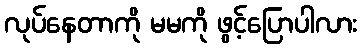
လုပ်နေတာကို မမကို ဖွင့်ပြောပါလား